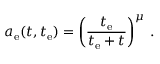
a _ { \mathrm { e } } ( t , t _ { \mathrm { e } } ) = \left( \frac { t _ { \mathrm { e } } } { t _ { \mathrm { e } } + t } \right) ^ { \mu } \, .